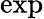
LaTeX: \mathrm{exp}